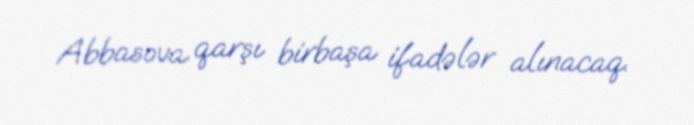
Abbasova qarşı birbaşa ifadələr alınacaq.